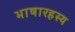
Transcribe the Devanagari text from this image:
भाषारहस्य